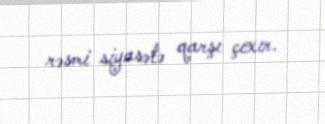
rəsmi siyasətə qarşı çıxır.